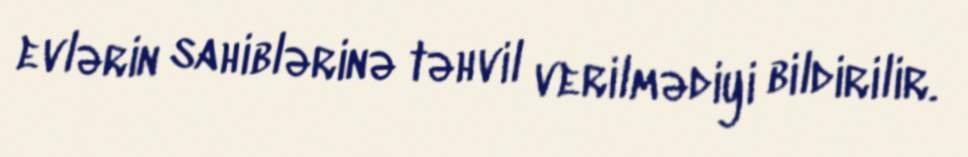
evlərin sahiblərinə təhvil verilmədiyi bildirilir.